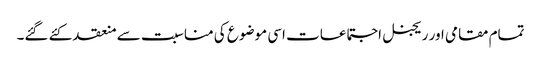
تمام مقامی اور ریجنل اجتماعات اسی موضوع کی مناسبت سے منعقد کئے گئے۔